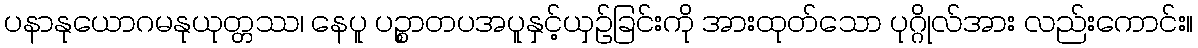
ပနာနုယောဂမနုယုတ္တဿ၊ နေပူ ပဉ္စာတပအပူနှင့်ယှဉ်ခြင်းကို အားထုတ်သော ပုဂ္ဂိုလ်အား လည်းကောင်း။